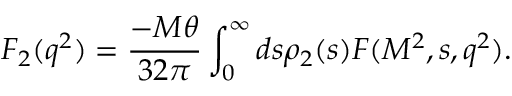
F _ { 2 } ( q ^ { 2 } ) = { \frac { - M \theta } { 3 2 \pi } } \int _ { 0 } ^ { \infty } d s \rho _ { 2 } ( s ) F ( M ^ { 2 } , s , q ^ { 2 } ) .